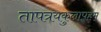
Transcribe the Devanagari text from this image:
तापत्रयकुलापहम्